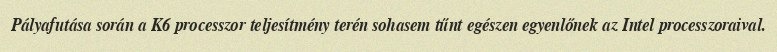
Pályafutása során a K6 processzor teljesítmény terén sohasem tűnt egészen egyenlőnek az Intel processzoraival.